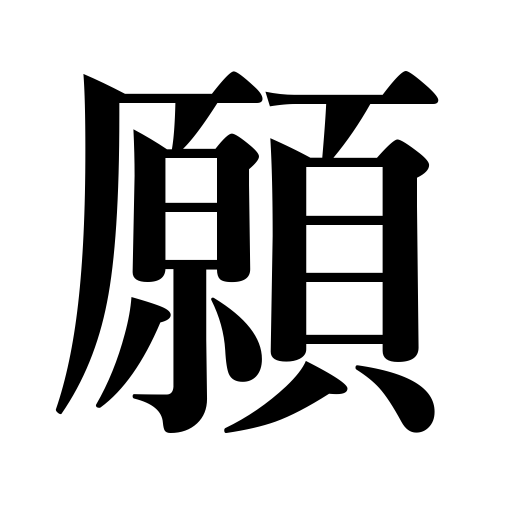
Meanings: petition,implore,beg,vow,desire,hope,prayer,wish